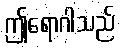
ဤရောဂါသည်